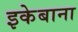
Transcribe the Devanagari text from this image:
इकेबाना